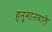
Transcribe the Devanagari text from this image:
हनुमानवाले